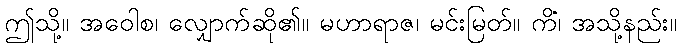
ဤသို့။ အဝေါစ၊ လျှောက်ဆို၏။ မဟာရာဇ၊ မင်းမြတ်။ ကိံ၊ အသို့နည်း။